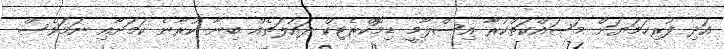
އަދި ފުރިހަމަޔަށް މަސައްކަތްކުރާ އިސްލާމީ ޑިމޮކްރެޓިކް ދައުލަތެއް ބިނާ ކުރާނެ ކަމަށާއި ނަމަވެސް